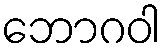
ဘောဂဝါ